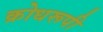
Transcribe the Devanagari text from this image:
क्रोधरूपी